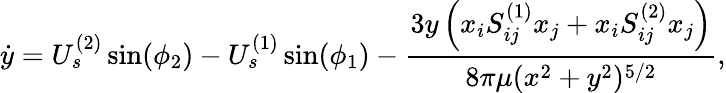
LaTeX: \dot{y}=U_{s}^{(2)}\sin(\phi_{2})-U_{s}^{(1)}\sin(\phi_{1})-\frac{3y\left(x_{i}S_{ij}^{(1)}x_{j}+x_{i}S_{ij}^{(2)}x_{j}\right)}{8\pi\mu(x^{2}+y^{2})^{5/2}},